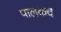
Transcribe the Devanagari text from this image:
पालकचे